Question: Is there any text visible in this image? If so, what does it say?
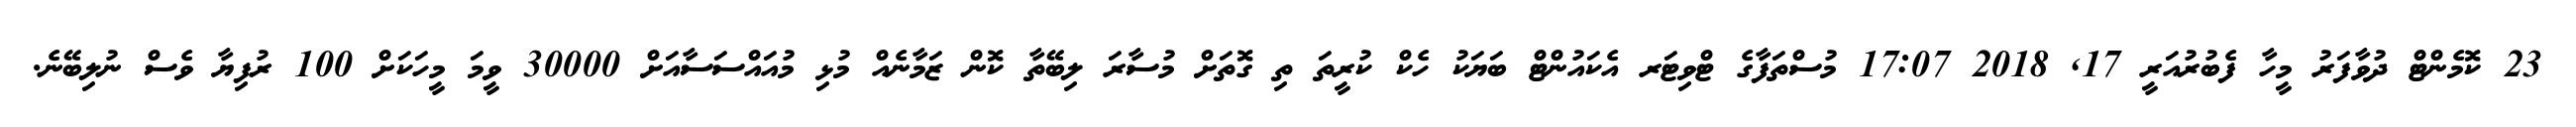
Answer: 23 ކޮމެންޓް ދުވާފަރު މީހާ ފެބުރުއަރީ 17, 2018 17:07 މުސްތަފާގެ ޓްވިޓަރ އެކައުންޓް ބަޔަކު ހެކް ކުރީތަ ތި ގޮތަށް މުސާރަ ލިބޭތާ ކޮން ޒަމާނެއް މުޅި މުއައްސަސާއަށް 30000 ވީމަ މީހަކަށް 100 ރުފިޔާ ވެސް ނުލިބޭނެ.